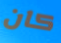
كان